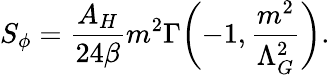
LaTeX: S_{\phi}=\frac{A_{H}}{24\beta}m^{2}\Gamma\biggl(-1,\frac{m^{2}}{\Lambda_{G}^{2}}\biggr).